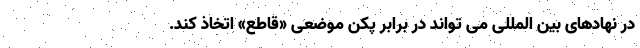
در نهادهای بین المللی می تواند در برابر پکن موضعی «قاطع» اتخاذ کند.